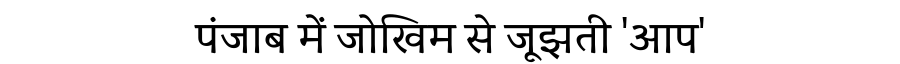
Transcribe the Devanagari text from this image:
पंजाब में जोखिम से जूझती 'आप'